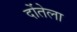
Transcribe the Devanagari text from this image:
दोंतेला